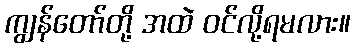
ကျွန်တော်တို့ အထဲ ဝင်လို့ရမလား။